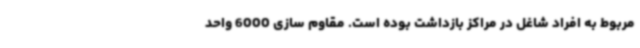
مربوط به افراد شاغل در مراکز بازداشت بوده است. مقاوم سازی 6000 واحد